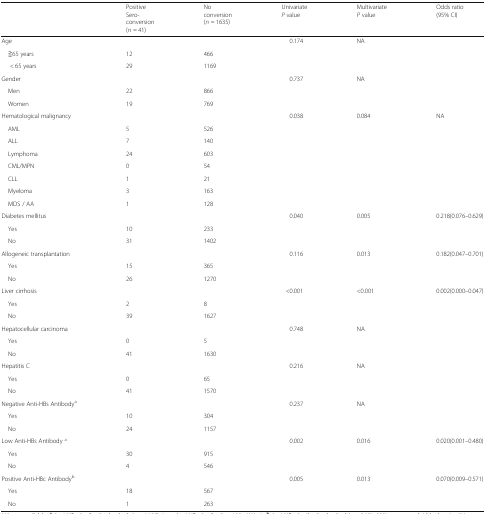
<table><thead><tr><td></td><td><b>PositiveSero-conversion(<i>n</i> = 41)</b></td><td><b>Noconversion (<i>n</i> = 1635)</b></td><td><b>Univariate<i>P</i> value</b></td><td><b>Multivariate <i>P</i> value</b></td><td><b>Odds ratio(95% CI)</b></td></tr></thead><tbody><tr><td>Age</td><td></td><td></td><td>0.174</td><td>NA</td><td></td></tr><tr><td> ≧65 years</td><td>12</td><td>466</td><td></td><td></td><td></td></tr><tr><td>&lt; 65 years</td><td>29</td><td>1169</td><td></td><td></td><td></td></tr><tr><td>Gender</td><td></td><td></td><td>0.737</td><td>NA</td><td></td></tr><tr><td> Men</td><td>22</td><td>866</td><td></td><td></td><td></td></tr><tr><td> Women</td><td>19</td><td>769</td><td></td><td></td><td></td></tr><tr><td>Hematological malignancy</td><td></td><td></td><td>0.038</td><td>0.084</td><td>NA</td></tr><tr><td> AML</td><td>5</td><td>526</td><td></td><td></td><td></td></tr><tr><td> ALL</td><td>7</td><td>140</td><td></td><td></td><td></td></tr><tr><td> Lymphoma</td><td>24</td><td>603</td><td></td><td></td><td></td></tr><tr><td> CML/MPN</td><td>0</td><td>54</td><td></td><td></td><td></td></tr><tr><td> CLL</td><td>1</td><td>21</td><td></td><td></td><td></td></tr><tr><td> Myeloma</td><td>3</td><td>163</td><td></td><td></td><td></td></tr><tr><td> MDS / AA</td><td>1</td><td>128</td><td></td><td></td><td></td></tr><tr><td>Diabetes mellitus</td><td></td><td></td><td>0.040</td><td>0.005</td><td>0.218(0.076–0.629)</td></tr><tr><td> Yes</td><td>10</td><td>233</td><td></td><td></td><td></td></tr><tr><td> No</td><td>31</td><td>1402</td><td></td><td></td><td></td></tr><tr><td>Allogeneic transplantation</td><td></td><td></td><td>0.116</td><td>0.013</td><td>0.182(0.047–0.701)</td></tr><tr><td> Yes</td><td>15</td><td>365</td><td></td><td></td><td></td></tr><tr><td> No</td><td>26</td><td>1270</td><td></td><td></td><td></td></tr><tr><td>Liver cirrhosis</td><td></td><td></td><td>&lt;0.001</td><td>&lt;0.001</td><td>0.002(0.000–0.047)</td></tr><tr><td> Yes</td><td>2</td><td>8</td><td></td><td></td><td></td></tr><tr><td> No</td><td>39</td><td>1627</td><td></td><td></td><td></td></tr><tr><td>Hepatocellular carcinoma</td><td></td><td></td><td>0.748</td><td>NA</td><td></td></tr><tr><td> Yes</td><td>0</td><td>5</td><td></td><td></td><td></td></tr><tr><td> No</td><td>41</td><td>1630</td><td></td><td></td><td></td></tr><tr><td>Hepatitis C</td><td></td><td></td><td>0.216</td><td>NA</td><td></td></tr><tr><td> Yes</td><td>0</td><td>65</td><td></td><td></td><td></td></tr><tr><td> No</td><td>41</td><td>1570</td><td></td><td></td><td></td></tr><tr><td>Negative Anti-HBs Antibody<sup>a</sup></td><td></td><td></td><td>0.237</td><td>NA</td><td></td></tr><tr><td> Yes</td><td>10</td><td>304</td><td></td><td></td><td></td></tr><tr><td> No</td><td>24</td><td>1157</td><td></td><td></td><td></td></tr><tr><td>Low Anti-HBs Antibody <sup>a</sup></td><td></td><td></td><td>0.002</td><td>0.016</td><td>0.020(0.001–0.480)</td></tr><tr><td> Yes</td><td>30</td><td>915</td><td></td><td></td><td></td></tr><tr><td> No</td><td>4</td><td>546</td><td></td><td></td><td></td></tr><tr><td>Positive Anti-HBc Antibody<sup>b</sup></td><td></td><td></td><td>0.005</td><td>0.013</td><td>0.070(0.009–0.571)</td></tr><tr><td> Yes</td><td>18</td><td>567</td><td></td><td></td><td></td></tr><tr><td> No</td><td>1</td><td>263</td><td></td><td></td><td></td></tr></tbody></table>